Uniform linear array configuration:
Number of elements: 4
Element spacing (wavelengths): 0.75
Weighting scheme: binomial
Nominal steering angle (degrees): -30
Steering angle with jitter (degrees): -29.368
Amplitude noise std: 0.05
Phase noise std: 0.05

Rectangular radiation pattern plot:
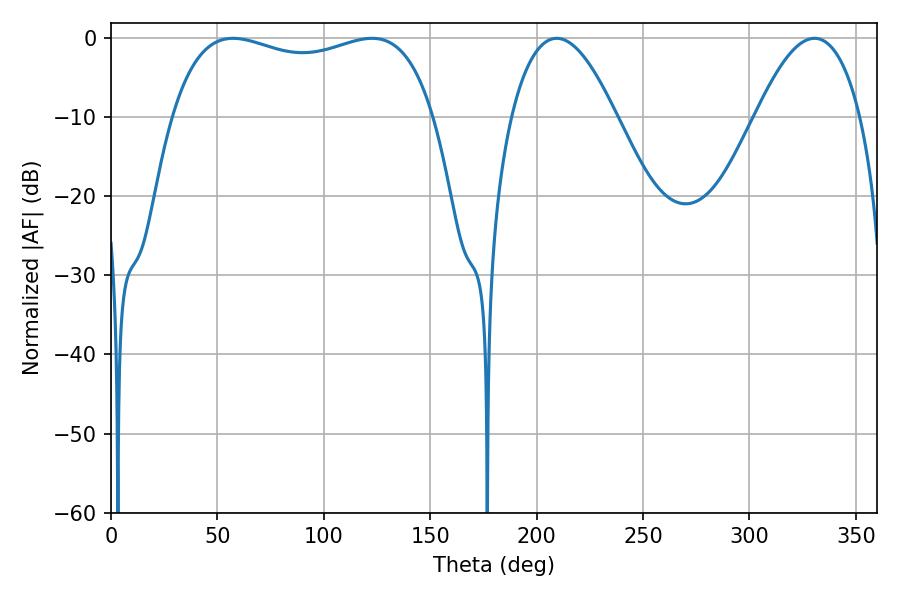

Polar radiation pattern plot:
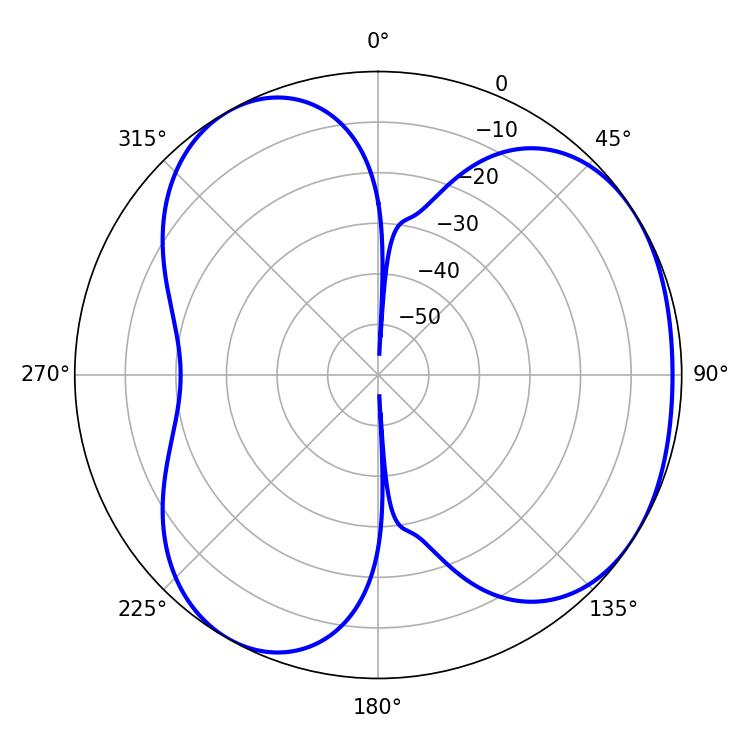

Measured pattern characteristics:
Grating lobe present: TRUE
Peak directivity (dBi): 4.032
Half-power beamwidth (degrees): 100.44
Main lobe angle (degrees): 57.42